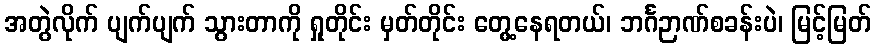
အတွဲလိုက် ပျက်ပျက် သွားတာကို ရှုတိုင်း မှတ်တိုင်း တွေ့နေရတယ်၊ ဘင်္ဂဉာဏ်စခန်းပဲ၊ မြင့်မြတ်